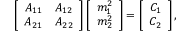
\left[ \begin{array} { c c } { { A _ { 1 1 } } } & { { A _ { 1 2 } } } \\ { { A _ { 2 1 } } } & { { A _ { 2 2 } } } \end{array} \right] \left[ \begin{array} { c } { { m _ { 1 } ^ { 2 } } } \\ { { m _ { 2 } ^ { 2 } } } \end{array} \right] = \left[ \begin{array} { c } { { C _ { 1 } } } \\ { { C _ { 2 } } } \end{array} \right] ,